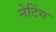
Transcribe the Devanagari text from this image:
नेटिंग